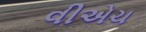
વીએચ